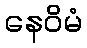
နေဝိမံ